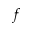
\boldsymbol { f }